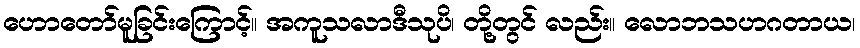
ဟောတော်မူခြင်းကြောင့်။ အကူသလာဒီသုပိ၊ တို့တွင် လည်း။ လောဘသဟဂတာယ၊